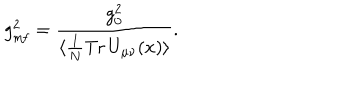
LaTeX: g _ { \mathrm { m f } } ^ { 2 } = { \frac { g _ { 0 } ^ { 2 } } { \langle \frac { 1 } { N } \mathrm { T r } \, U _ { \mu \nu } ( x ) \rangle } } .